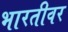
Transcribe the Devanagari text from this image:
भारतीवर